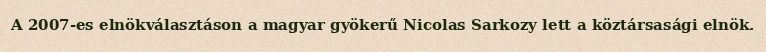
A 2007-es elnökválasztáson a magyar gyökerű Nicolas Sarkozy lett a köztársasági elnök.